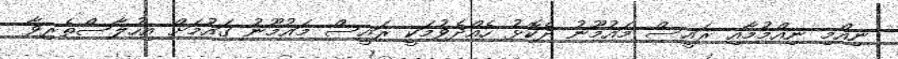
ނިއްމި ނިއްމުމާއި ރައީސް މައުމޫނު ދެކޮޅު ހެއްދެވުމަކީ ރައީސް މައުމޫނު ގައުމަށް އިހުލާސްތެރިވާ